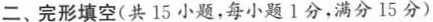
二、完形填空（共 15 小题，每小题1分，满分 15 分）